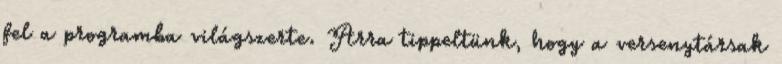
fel a programba világszerte. Arra tippeltünk, hogy a versenytársak